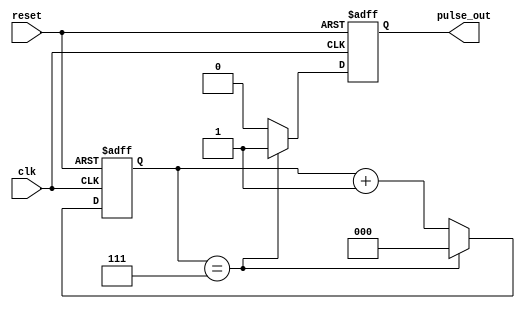
module divide_by_n_counter #(
    parameter N = 8 // Parameter to define the divide factor (N)
)(
    input wire clk,      // Clock input
    input wire reset,    // Asynchronous reset input
    output reg pulse_out // Output pulse signal
);

    // Internal counter variable
    reg [$clog2(N)-1:0] counter; // Counter size based on N

    // Always block for counter logic
    always @(posedge clk or posedge reset) begin
        if (reset) begin
            counter <= 0;       // Reset counter to 0
            pulse_out <= 0;     // Reset output pulse
        end else begin
            if (counter == N-1) begin
                counter <= 0;    // Reset counter when it reaches N-1
                pulse_out <= 1;   // Assert output pulse
            end else begin
                counter <= counter + 1; // Increment counter
                pulse_out <= 0;   // Deassert output pulse
            end
        end
    end

endmodule